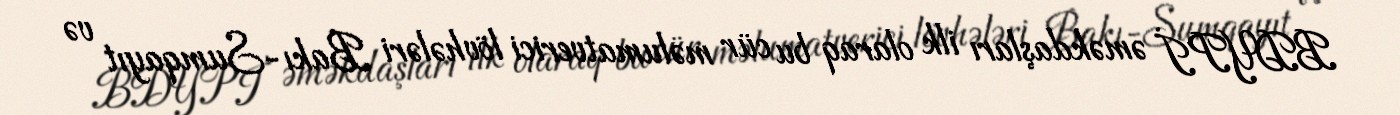
BDYPİ əməkdaşları ilk olaraq bu cür məlumatverici lövhələri Bakı-Sumqayıt və